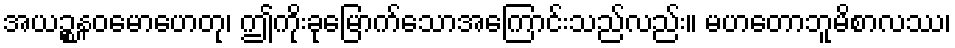
အယဉ္စနဝမောဟေတု၊ ဤကိုးခုမြောက်သောအကြောင်းသည်လည်း။ မဟတောဘူမိစာလဿ၊